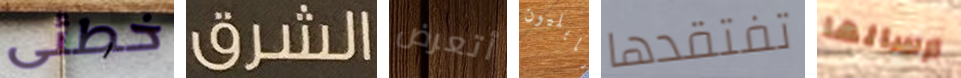
خطئى الشرق أتعرض نابليون تفتقدها ارسالها